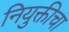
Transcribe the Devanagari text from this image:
नियुक्तीचा